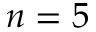
n = 5